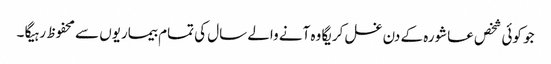
جو کوئی شخص عاشورہ کے دن غسل کریگا وہ آنے والے سال کی تمام بیماریوں سے محفوظ رہیگا ۔